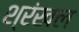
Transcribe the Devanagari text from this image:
श्रंखल